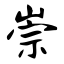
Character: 崇